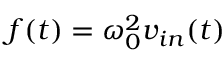
f ( t ) = \omega _ { 0 } ^ { 2 } v _ { i n } ( t )